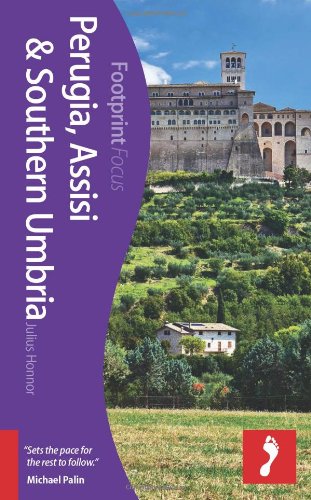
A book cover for Perugia, Assisi & Southern Umbria Footprint Focus Guide; Julius Honnor; Travel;